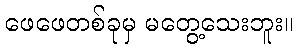
ဖေဖေတစ်ခုမှ မတွေ့သေးဘူး။